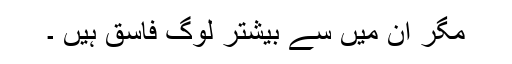
مگر ان میں سے بیشتر لوگ فاسق ہیں ۔